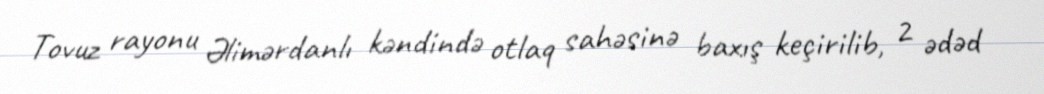
Tovuz rayonu Əlimərdanlı kəndində otlaq sahəsinə baxış keçirilib, 2 ədəd